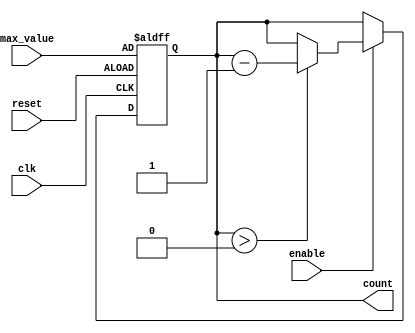
module decremental_counter (
    input wire clk,               // Clock signal
    input wire reset,             // Asynchronous reset signal
    input wire enable,            // Enable signal for counting
    input wire [31:0] max_value,  // Maximum count value
    output reg [31:0] count       // Current count value
);

// Asynchronous reset: set count to max_value
always @(posedge clk or posedge reset) begin
    if (reset) begin
        count <= max_value;
    end else if (enable) begin
        // Decrement count but ensure it does not go below zero
        if (count > 0) begin
            count <= count - 1;
        end
        // If count is 0, it remains 0
    end
end

endmodule